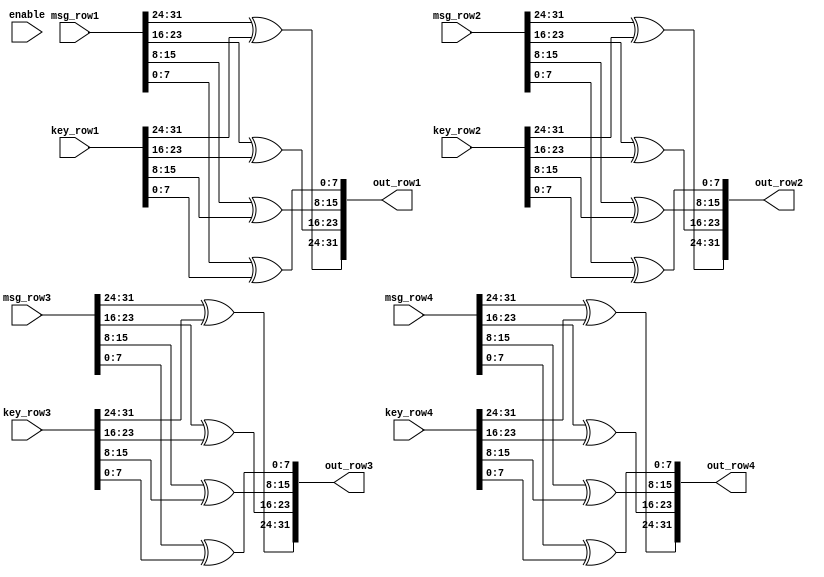
`timescale 1ns / 1ps
//////////////////////////////////////////////////////////////////////////////////
// Company: 
// Engineer: 
// 
// Design Name: 
// Module Name: addRoundKey
// Project Name: 
// Target Devices: 
// Tool Versions: 
// Description: 
// 
// Dependencies: 
// 
// Revision:
// Revision 0.01 - File Created
// Additional Comments:
// 
//////////////////////////////////////////////////////////////////////////////////

module addRoundKey(msg_row1, msg_row2, msg_row3, msg_row4, key_row1, key_row2, key_row3, key_row4, out_row1, out_row2, out_row3, out_row4, enable);

    input [31:0] msg_row1, msg_row2, msg_row3, msg_row4;
    input [31:0] key_row1, key_row2, key_row3, key_row4;
    input enable;
    output reg [31:0] out_row1, out_row2, out_row3, out_row4;
    
always @(enable) begin
    out_row1[31:24] <= msg_row1[31:24] ^ key_row1[31:24];
    out_row1[23:16] <= msg_row1[23:16] ^ key_row1[23:16];
    out_row1[15:8] <= msg_row1[15:8] ^ key_row1[15:8];
    out_row1[7:0] <= msg_row1[7:0] ^ key_row1[7:0];
    
    out_row2[31:24] <= msg_row2[31:24] ^ key_row2[31:24];
    out_row2[23:16] <= msg_row2[23:16] ^ key_row2[23:16];
    out_row2[15:8] <= msg_row2[15:8] ^ key_row2[15:8];
    out_row2[7:0] <= msg_row2[7:0] ^ key_row2[7:0];
    
    out_row3[31:24] <= msg_row3[31:24] ^ key_row3[31:24];
    out_row3[23:16] <= msg_row3[23:16] ^ key_row3[23:16];
    out_row3[15:8] <= msg_row3[15:8] ^ key_row3[15:8];
    out_row3[7:0] <= msg_row3[7:0] ^ key_row3[7:0];
    
    out_row4[31:24] <= msg_row4[31:24] ^ key_row4[31:24];
    out_row4[23:16] <= msg_row4[23:16] ^ key_row4[23:16];
    out_row4[15:8] <= msg_row4[15:8] ^ key_row4[15:8];
    out_row4[7:0] <= msg_row4[7:0] ^ key_row4[7:0];
end
endmodule
//module addRoundKey(msg_row1, msg_row2, msg_row3, msg_row4, key_row1, key_row2, key_row3, key_row4, out_row1, out_row2, out_row3, out_row4, enable);

//    input [7:0] msg_row1, msg_row2, msg_row3, msg_row4;
//    input [7:0] key_row1, key_row2, key_row3, key_row4;
//    input enable;
//    output reg [7:0] out_row1, out_row2, out_row3, out_row4;
    
//always @(enable) begin
//    out_row1 <= msg_row1 ^ key_row1;
//    out_row2 <= msg_row2 ^ key_row2;
//    out_row3 <= msg_row3 ^ key_row3;
//    out_row4 <= msg_row4 ^ key_row4;
//end
//endmodule